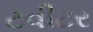
ટવીટર